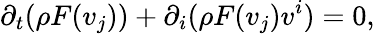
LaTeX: \partial_{t}(\rho F(v_{j}))+\partial_{i}(\rho F(v_{j})v^{i})=0,